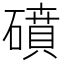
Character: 𥖀